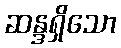
ဆန္ဒရှိသော